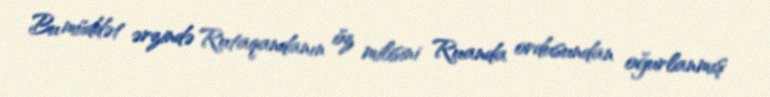
Bu müddət ərzində Rutaqandanın öz milisini Ruanda ordusundan oğurlanmış